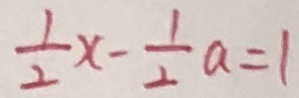
\frac { 1 } { 2 } x - \frac { 1 } { 2 } a = 1